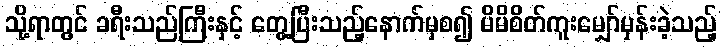
သို့ရာတွင် ခရီးသည်ကြီးနှင့် တွေ့ပြီးသည့်နောက်မှစ၍ မိမိစိတ်ကူးမျှော်မှန်းခဲ့သည့်